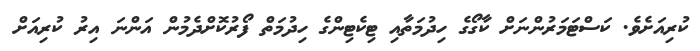
ކުރިއަށެވެ. ކަސްޓަމަރުންނަށް ކާގޯގެ ހިދުމަތާއި ޓިކެޓިންގެ ހިދުމަތް ފޯރުކޮށްދެމުން އަންނަ އިރު ކުރިއަށް